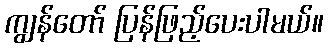
ကျွန်တော် ပြန်ဖြည့်ပေးပါမယ်။